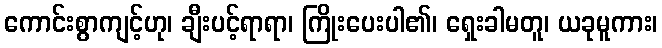
ကောင်းစွာကျင့်ဟု၊ ချီးပင့်ရာရာ၊ ကြိုးပေးပါ၏၊ ရှေးခါမတူ၊ ယခုမူကား၊